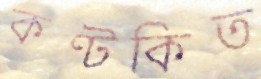
কণ্টকিত